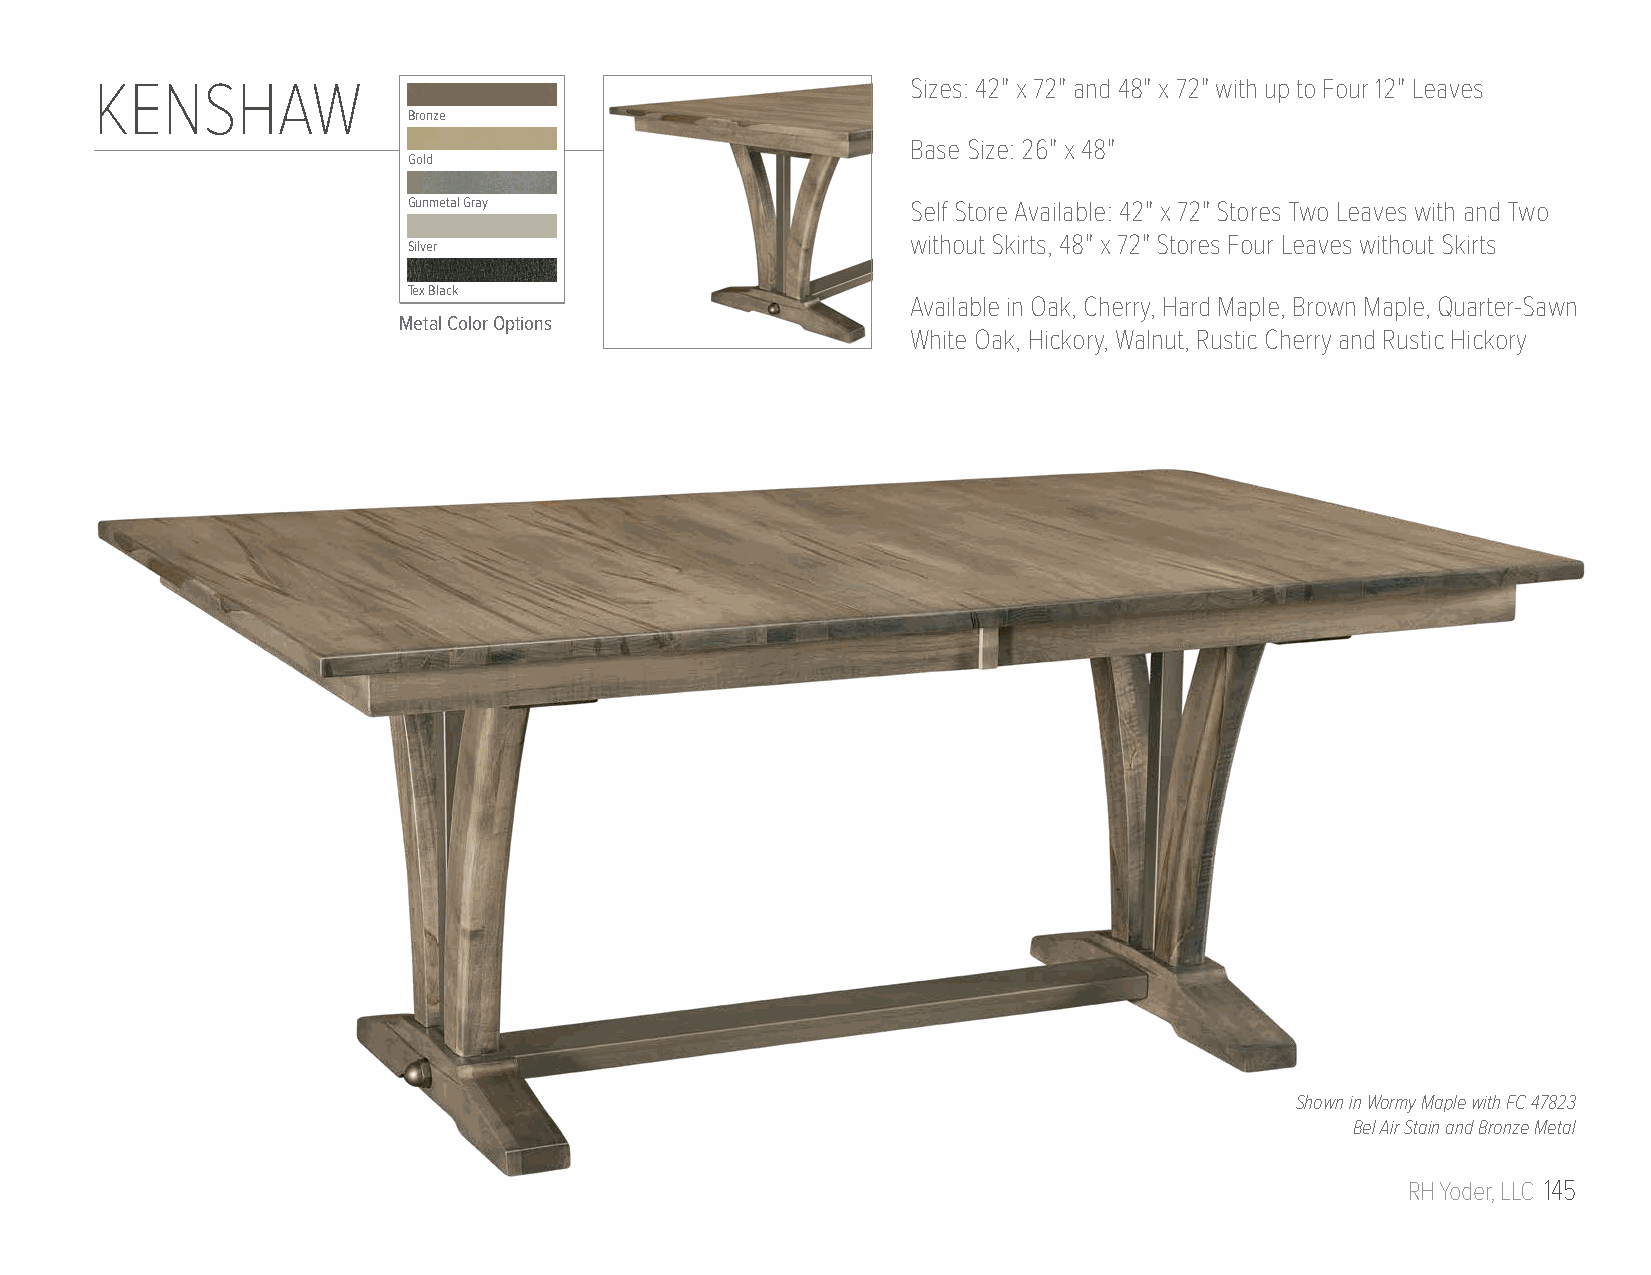
KENSHAW                                               Sizes: 42" x 72" and 48" x 72" with up to Four 12" Leaves
 Bronze
 Base Size: 26" x 48"
 Gold
 Gunmetal Gray                    Self Store Available: 42" x 72" Stores Two Leaves with and Two
 without Skirts, 48" x 72" Stores Four Leaves without Skirts
 Silver
 Tex Black
 Available in Oak, Cherry, Hard Maple, Brown Maple, Quarter-Sawn
 Metal Color Options
 White Oak, Hickory, Walnut, Rustic Cherry and Rustic Hickory
 Shown in Wormy Maple with FC 47823
 Bel Air Stain and Bronze Metal
 RH Yoder, LLC 145